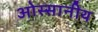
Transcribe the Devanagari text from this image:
ओस्सानीय